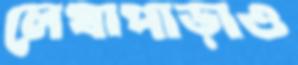
লেখাপাড়াও